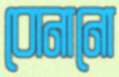
বোনানো